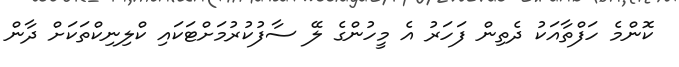
ކޮންމެ ހަފްތާއަކު ދެތިން ފަހަރު އެ މީހުންގެ ލޭ ސާފުކުރުމަށްޓަކައި ކްލިނިކްތަކަށް ދާން